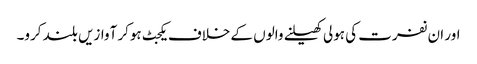
اور ان نفرت کی ہولی کھیلنے والوں کے خلاف یکجٹ ہوکر آوازیں بلند کرو۔